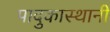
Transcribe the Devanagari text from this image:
पादुकास्थानी